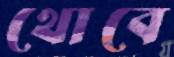
থোবে